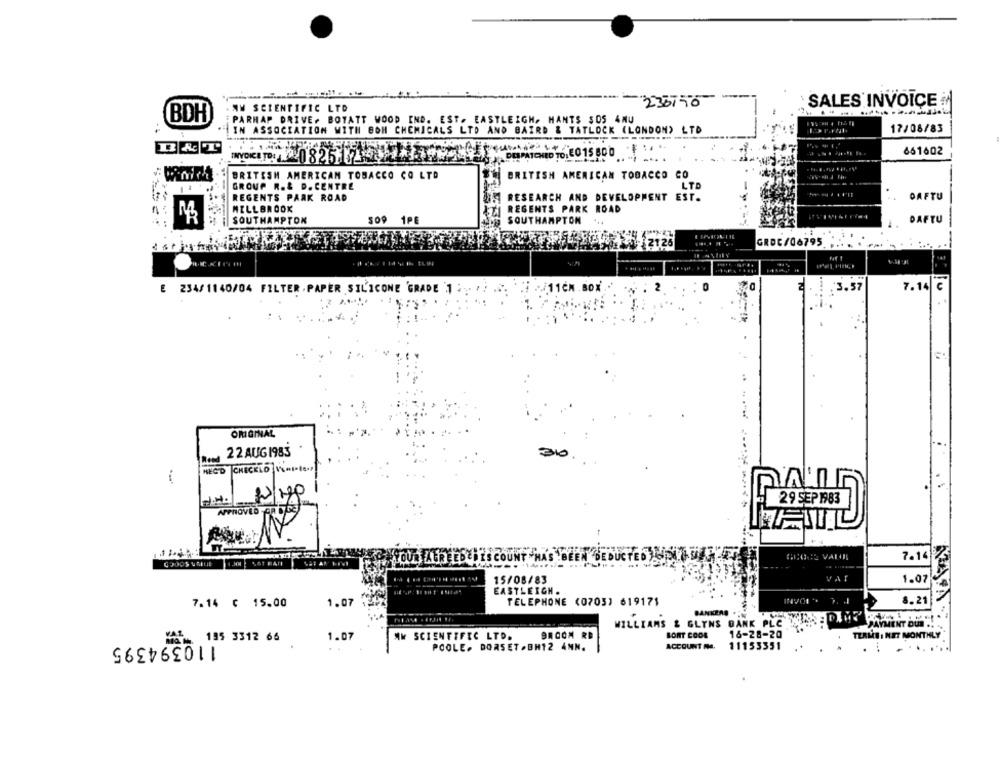
235150
· SALES INVOICE
AW SCIENTIFIC LTD
(BDH
PARHAP DRIVE. BOTATT WOOD IND. EST. EASTLEIGH, MANTS $OS AMU
. .
IN ASSOCIATION WITH BOM CHEMICALS LTD AND BAIRD & TATLOCK (LONDON) LTD
17/08/83
C.J. DESPATCHED TOLE 0 15 80 0
661602
BRITISH AMERICAN TOBACCO CO LTD
BRITISH AMERICAN TOBACCO CO
GROUP R.& D. CENTRE
REGENTS PARK ROAD
BE RESEARCH AND DEVELOPMENT EST.
DAFTU
MILLBROOK
ATI REGENTS PARK ROAD
SOUTHAMPTON
1PE
SOUTHAMPTON
DAFTU
GROC/06795
2125
/11CM.80
¥3.57
7.14
E 234/1140/04 FILTER. PAPER SILICONE 'GRADE 1 : .. . ?
ORIGINAL
22 AUG 1983
MECD CHECKLO VomI.t.
-
29 SEP 1983
APPROVED
7.14
YOUR TAUR
SCOUNT HAS BEEN DE
15/08/83
VAT
1.07
EASTLEIGH .
1.07
TELEPHONE (0703) 619171
8.21
7.14 @ 15.00
BANKERS
WILLIAMS & GLYNS BANK PLE USEPAMY PALA.
PAYMENT DUE .. .
195 3312 66
110394395
1.07
AN SCIENTIFIC LTD.
BROOM RD
BORT COOR
16-28-20
TERME : NET MONTHLY
POOLE. DORSET .BH12 4MM.
ACCOUNT ME.
11153351